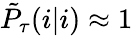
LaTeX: \tilde{P}_{\tau}(i|i)\approx 1